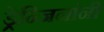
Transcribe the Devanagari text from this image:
ड्रेन्जिनांनी